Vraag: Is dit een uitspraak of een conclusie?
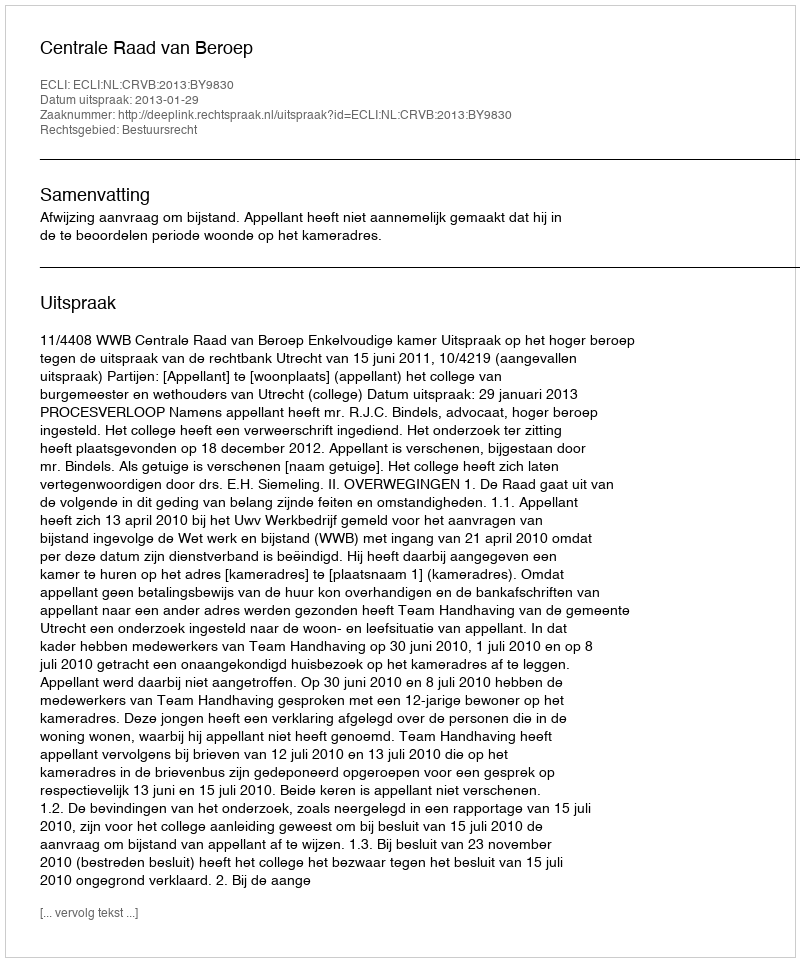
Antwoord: Uitspraak